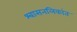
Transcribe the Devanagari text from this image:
श्‍वासनलिकांत